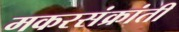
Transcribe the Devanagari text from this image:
मकरसंक्रांती